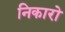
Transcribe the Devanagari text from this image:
निकारो